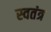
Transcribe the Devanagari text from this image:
स्वतंत्र